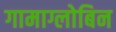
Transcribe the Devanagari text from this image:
गामाग्लोबिन